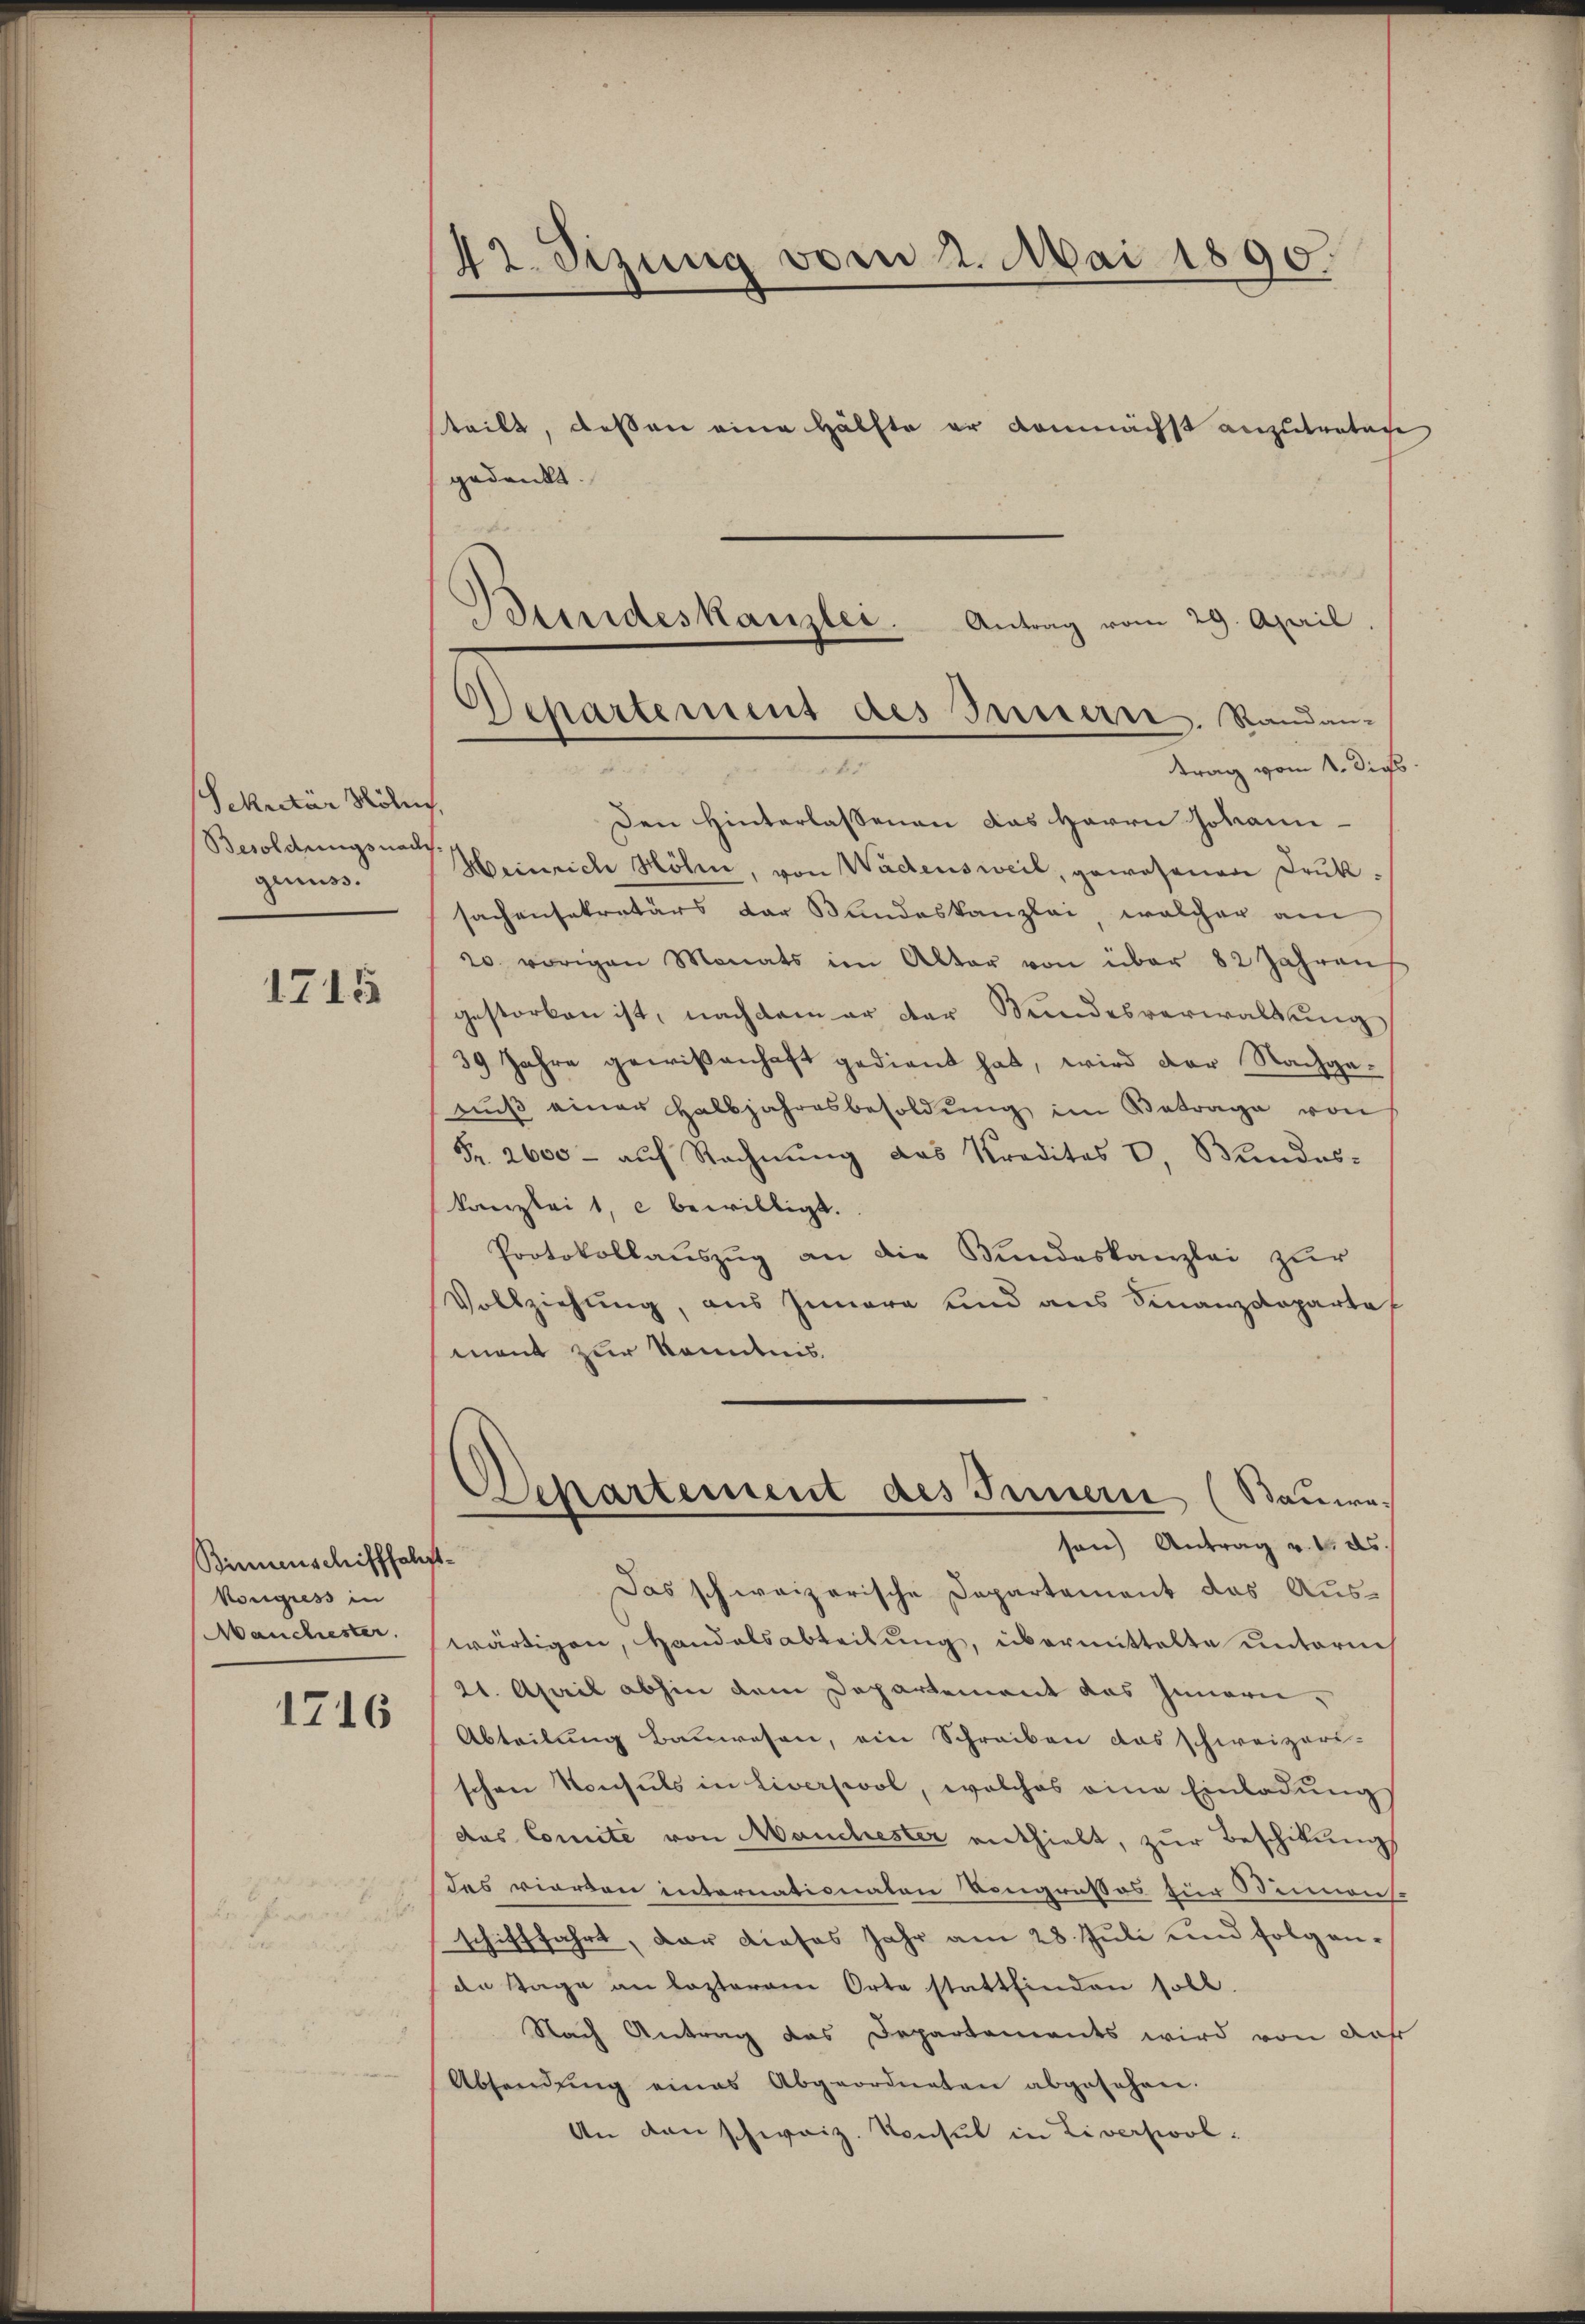
Sekretär Mölin,
Besoldungsnachsgenuss.

1715

Binnenschifffal¬
Kongress in
Manchester.
1716

42. Sizung vom 2. Mai 1890.

teilt, dessen eine Hälfte er demnächst anzutretage
gedankt.
fr
Den Hinterlassenen das Herrn Johann
Heinrich Höhen, von Wädensweil, gewesenen Druksachensekretärs der Bundeskanzlei, welcher am
20. vorigen Monats im Alter von über 82 Jahren
gestorben ist, nachdem er der Wundesverwaltung
39 Jahre gewißenhaft gedient hat, wird der Nachgenŭβ einer Halbjahresbesoldŭng im Betrage von
Fr. 2600 - auf Rechnung des Kreditas u. Bundes-
kanzlei 1 e bewilligt.
Protokollauszug an die Bundeskanzlei zur
Vollziehung, aus Innere und aus Finanzdepartal
mant zur Kenntnis
Departement des Innern (Bauwes
sen) Antrag v. 1. ds.
Das schweizerische Departement das Auswärtigen, Handelsabteilung, übermittelte unterm
21. April abhin dem Departement das Innern,
Abteilung Bauwesen, ein Schreiben das schweizeri-
schen Konsuls in Liverswol, welches eine Einladungs
das Comité von Manchester enthielt, zur Beschikung
das vierden internationalen Kongresses für Sinnens
schifffahrt, der dieses Jahr am 28. Juli und folgende Stage an lezterem Orte stattfinden soll.
Nach Antrag das Departements wird von das
Absendŭng eines Abgeordneten abgesehen.
An den schweiz. Konsul in Liversiool:

Bundeskanzlei. Antrag vom 29. April.
Departement des Innern. Randantrag vom 1. Dies